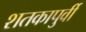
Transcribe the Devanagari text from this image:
शतकापुर्वी